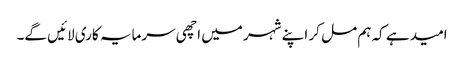
امید ہے کہ ہم مل کر اپنے شہر میں اچھی سرمایہ کاری لائیں گے۔